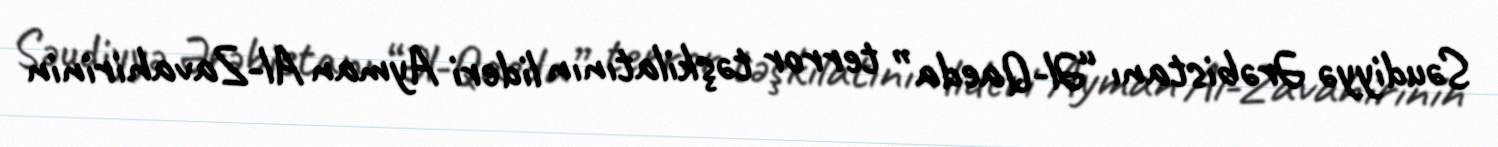
Səudiyyə Ərəbistanı “Əl-Qaeda” terror təşkilatının lideri Ayman Al-Zavahirinin